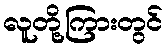
လူတို့ကြားတွင်